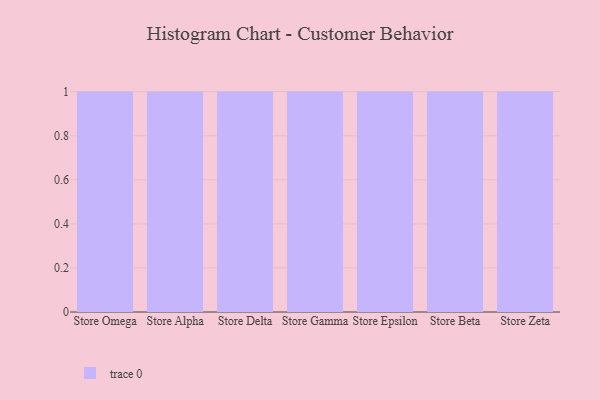
{"axis": {"x": "Store", "y": "Temperature (°C)"}, "legend": [""], "data": [{"x": "Store Omega", "y": 33, "type": ""}, {"x": "Store Alpha", "y": 5, "type": ""}, {"x": "Store Delta", "y": 14, "type": ""}, {"x": "Store Gamma", "y": 8, "type": ""}, {"x": "Store Epsilon", "y": 31, "type": ""}, {"x": "Store Beta", "y": 48, "type": ""}, {"x": "Store Zeta", "y": 88, "type": ""}]}